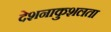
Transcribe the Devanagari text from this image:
देशनाकुशलता